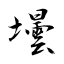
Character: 壜